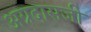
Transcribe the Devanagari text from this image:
अग्रदासजी